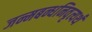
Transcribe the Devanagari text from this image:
जन्मबन्धनिवृत्यर्थं